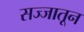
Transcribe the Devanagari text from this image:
सज्जातून